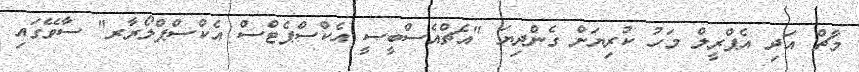
މާޗް އަދި އެޕްރީލް މަހު ކުރިޔަށް ގެންދިޔަ "އެޗްއެސްބީސީ އެކްސްޕެޓްސް އެކްސްޕްލޯރާރ" ސާވޭގައި